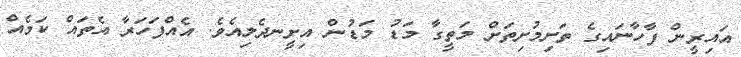
އައިރީން ފާހާނައިގެ ތަށިމުށިތަށް މަތީގާ މަޑު މަޑުން އިށީނދެލިއެވެ. އެއްފަހަރާ އެތައް ކަމެއް